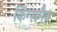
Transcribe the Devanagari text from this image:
किंग्समैन